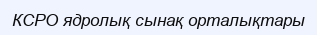
КСРО ядролық сынақ орталықтары